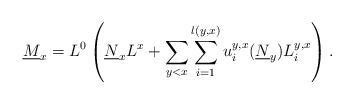
LaTeX: \begin{align*}\underline{M}_{x}=L^{0} \left( \underline{N}_{x}L^{x}+\sum _{y<x}\sum _{i=1}^{l(y,x)}u_{i}^{y,x}(\underline{N}_{y})L_i^{y,x} \right).\end{align*}